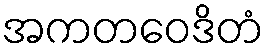
အကတဝေဒိတံ